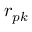
r _ { p k }